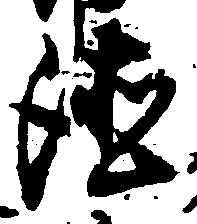
徳